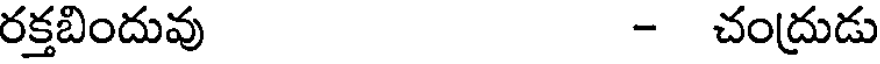
రక్తబిందువు - చంద్రుడు